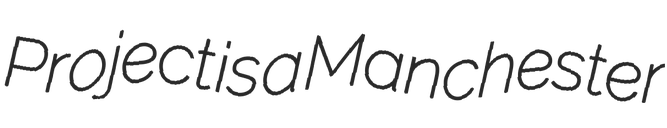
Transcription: Project is a Manchester